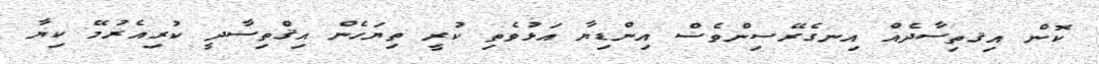
ކޮން އިޤތިސާދެއް އިނގެރޭސިންވެސް އިންޑިޔާ އަޅުވެތި ކުރީ ތިޔަހެން އިޤްތިސާދީ ކުރިއެރުމޭ ކިޔާ